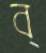
ব্